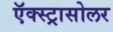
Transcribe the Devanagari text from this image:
ऍक्स्ट्रासोलर